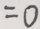
= 0